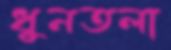
ধুনতলা